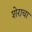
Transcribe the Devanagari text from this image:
शेराचा